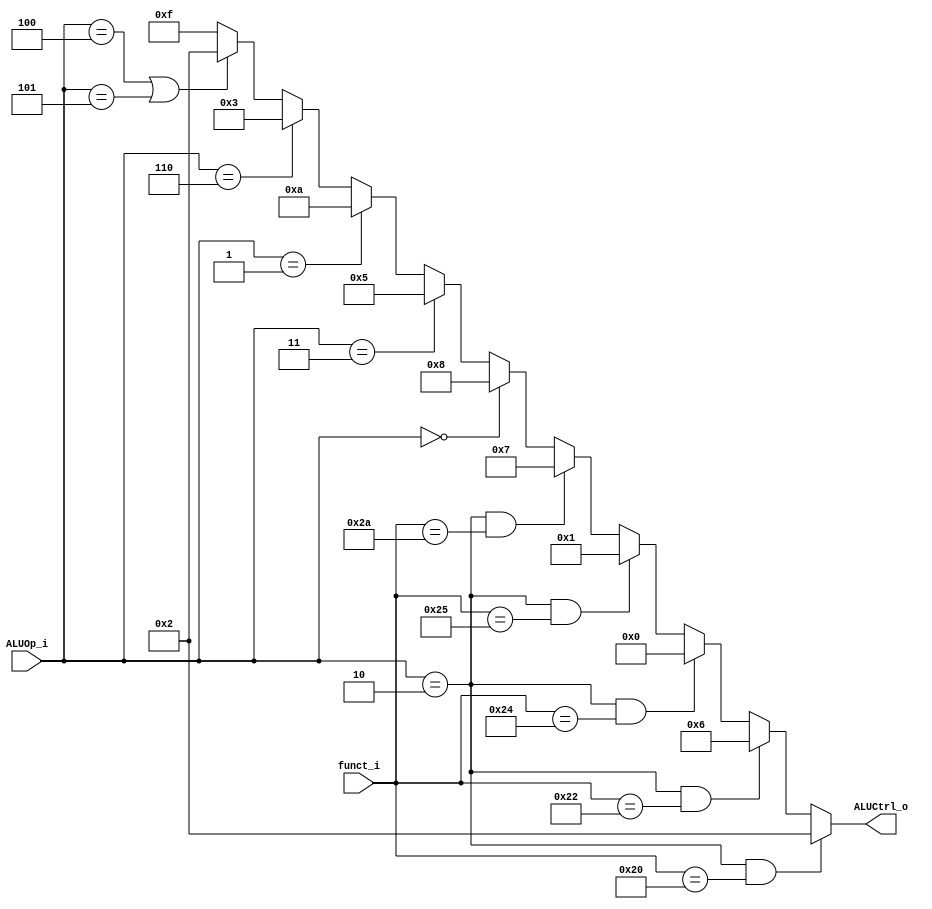
//0713216

//Subject:     CO project 2 - ALU Controller
//--------------------------------------------------------------------------------
//Version:     1
//--------------------------------------------------------------------------------
//Writer:      
//----------------------------------------------
//Date:        
//----------------------------------------------
//Description: 
//--------------------------------------------------------------------------------

module ALU_Ctrl(
          funct_i,
          ALUOp_i,
          ALUCtrl_o
          );
          
//I/O ports 
input      [6-1:0] funct_i;
input      [3-1:0] ALUOp_i;

output     [4-1:0] ALUCtrl_o;    
     
//Internal Signals
wire       [4-1:0] ALUCtrl_o;

//Parameter

       
//Select exact operation

//function field
//100 000 <= add
//100 010 <= sub
//100 100 <= and
//100 101 <= or
//101 010 <= slt
//011 000 <= jr

//ALU_op_o
//010 <= R-type
//000 <= addi
//011 <= slti
//001 <= beq
//100 <= lw
//101 <= sw
//110 <= jal
//111 <= otherwise (jump, jal)

assign ALUCtrl_o = (ALUOp_i == 3'b010 && funct_i == 6'b100000) ? 4'b0010 :                                       //add = 2
                                (ALUOp_i == 3'b010 && funct_i == 6'b100010) ? 4'b0110 :                          //sub = 6
                                (ALUOp_i == 3'b010 && funct_i == 6'b100100) ? 4'b0000 :                          //and = 0
                                (ALUOp_i == 3'b010 && funct_i == 6'b100101) ? 4'b0001 :                          //or = 1
                                (ALUOp_i == 3'b010 && funct_i == 6'b101010) ? 4'b0111 :                          //slt = 7                     
                                (ALUOp_i == 3'b000) ? 4'b1000 :                                                   //addi = 8
                                (ALUOp_i == 3'b011) ? 4'b0101 :                                                   //slti = 5
                                (ALUOp_i == 3'b001) ? 4'b1010 :                                                   //beq = 10
                                (ALUOp_i == 3'b110) ? 4'b0011 :                                                   //jal = 3
                                ((ALUOp_i == 3'b100) || (ALUOp_i == 3'b101)) ? 4'b0010 : 4'b1111;                //lw = sw = add = 2

endmodule